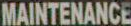
MAINTENANCE